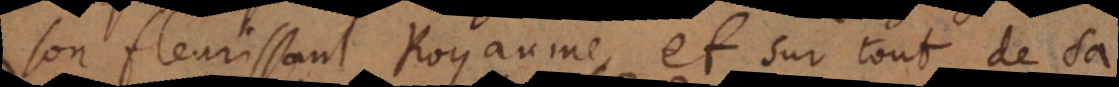
son fleurissant Royaume et sur tout de sa